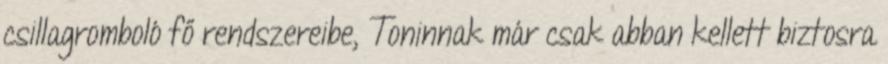
csillagromboló fő rendszereibe, Toninnak már csak abban kellett biztosra